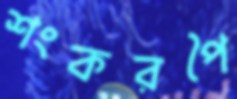
শংকরপৈ